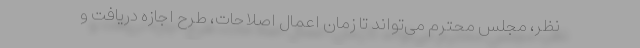
نظر، مجلس محترم می‌تواند تا زمان اعمال اصلاحات، طرح اجازه دریافت و